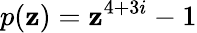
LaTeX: p(\mathbf{z})=\mathbf{z}^{4+3i}-1